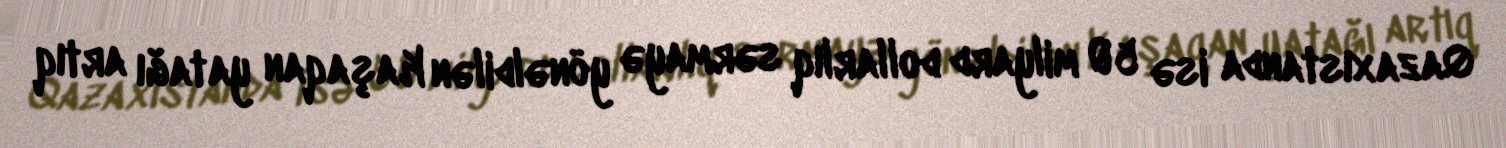
Qazaxıstanda isə 50 milyard dollarlıq sərmayə yönəldilən Kaşaqan yatağı artıq